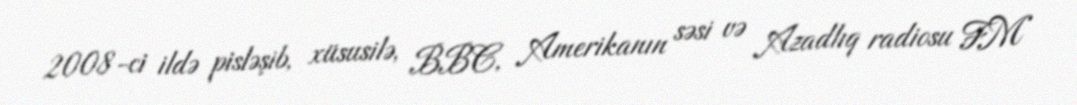
2008-ci ildə pisləşib, xüsusilə, BBC, Amerikanın səsi və Azadlıq radiosu FM